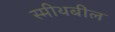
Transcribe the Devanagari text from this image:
स्मीथबील